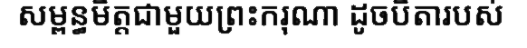
សម្ពន្ធមិត្តជាមួយព្រះករុណា ដូចបិតារបស់